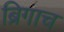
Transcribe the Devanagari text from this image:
ब्रिगाच